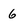
Character: 6